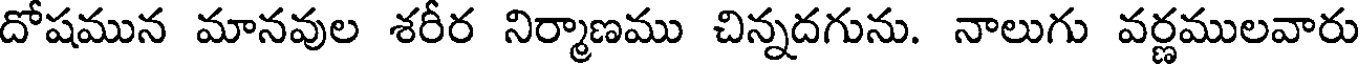
దోషమున మానవుల శరీర నిర్మాణము చిన్నదగును. నాలుగు వర్ణములవారు